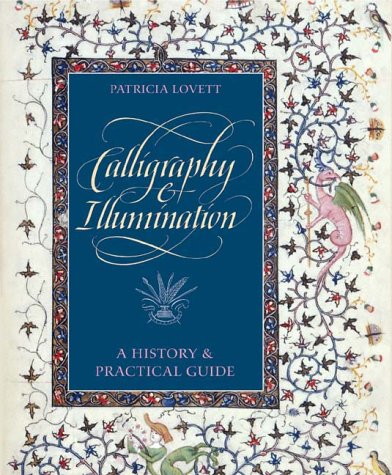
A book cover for Calligraphy and Illumination: A History and Practical Guide; Patricia Lovett; Arts & Photography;